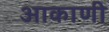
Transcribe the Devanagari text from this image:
आकाणी